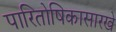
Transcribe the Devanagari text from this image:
पारितोषिकासारखे